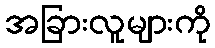
အခြားလူများကို